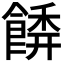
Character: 𩝂